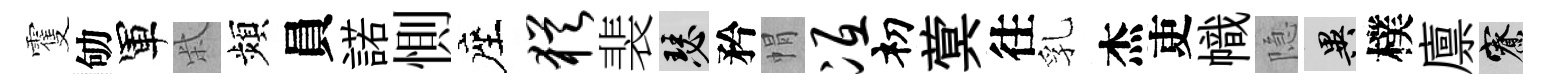
䨥劬軍柴頻員諾惻座犹裴瑟矜㡌冱𥘉蓂往乳杰吏幟隐异樸廪寮